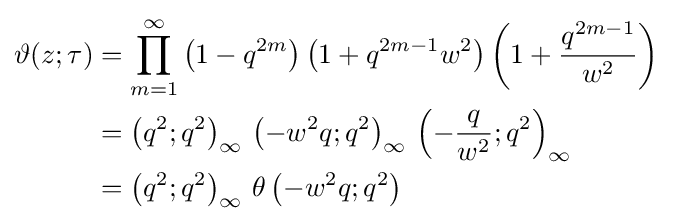
{\begin{aligned}\vartheta (z;\tau )&=\prod _{m=1}^{\infty }\left(1-q^{2m}\right)\left(1+q^{2m-1}w^{2}\right)\left(1+{\frac {q^{2m-1}}{w^{2}}}\right)\\&=\left(q^{2};q^{2}\right)_{\infty }\,\left(-w^{2}q;q^{2}\right)_{\infty }\,\left(-{\frac {q}{w^{2}}};q^{2}\right)_{\infty }\\&=\left(q^{2};q^{2}\right)_{\infty }\,\theta \left(-w^{2}q;q^{2}\right)\end{aligned}}